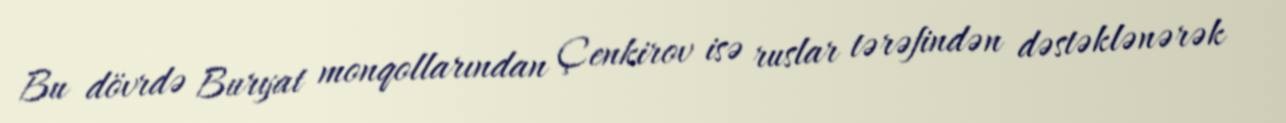
Bu dövrdə Buryat monqollarından Çenkirov isə ruslar tərəfindən dəstəklənərək